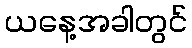
ယနေ့အခါတွင်